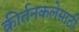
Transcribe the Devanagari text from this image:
कीर्तनकलेसाठी